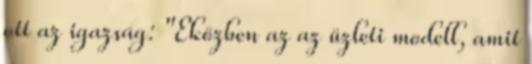
ott az igazság: "Eközben az az üzleti modell, amit